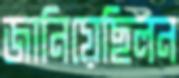
জানিয়েছিলন